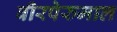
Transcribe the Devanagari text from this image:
वीरपेरुमाल